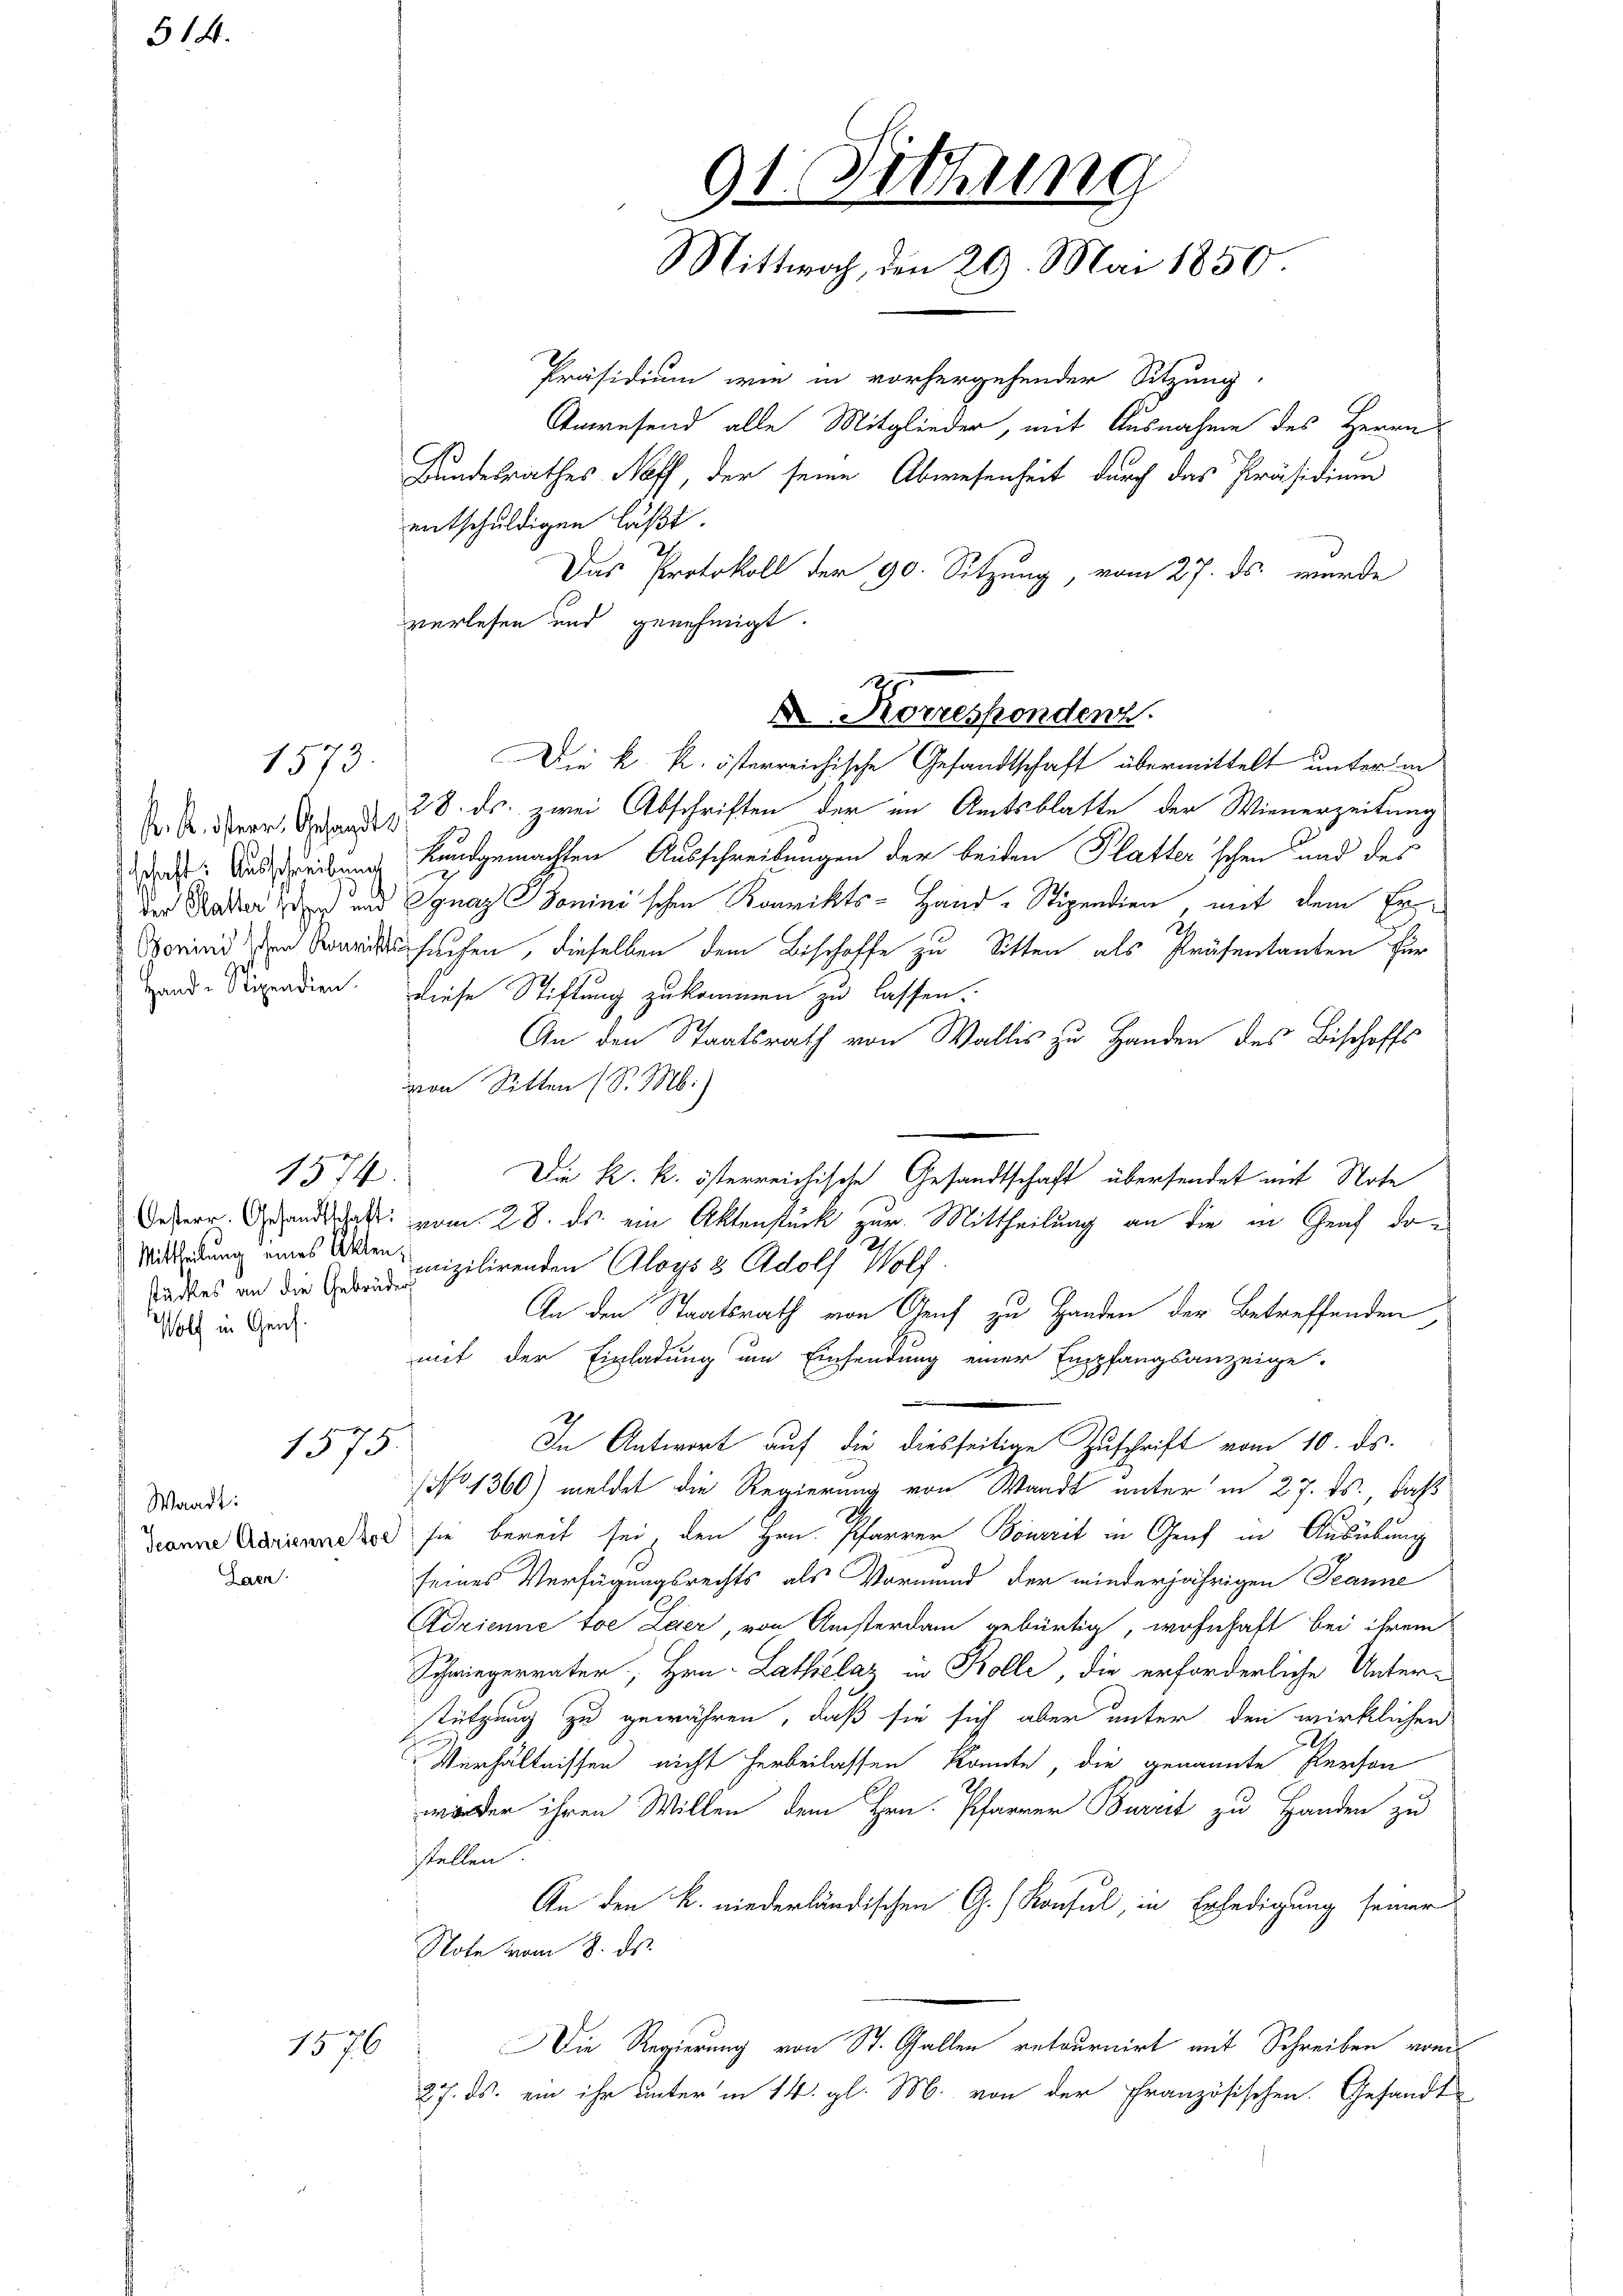
314.

1573.

dschaft: Ausschreibung
Boninischen Konrichts
e
Hande Stipendien.

stückes an die Gebrüder
Wolf in Geich.

Waadt:
Jeanne Adrienne sol
Laen

1574.

1575.

1576

entschuldigen läßt.
Das Protokoll der 90. Sitzung, vom 27. ds. wurde
verlesen und genehmigt.
Die k. k. österreichische Gesandtschaft übermittelt unter in
Dr. A. Herr Art. 8. ds. zwei Abschriften der im Amtsblatte der Wienerzeitung
kundgemachten Ausschreibungen der beiden Platter'schen und des
der Radter den und Jgnaz Goninischen Karikts-Hand-Stipendien, mit dem Erunsuchen, dieselben dem Bischoffe zu Sitten als Präsentanten für
diese Stiftung zukommen zu lassen.
An den Staatsrath von Wallis zu Handen des Bischoffs
von Sitten (S. M.)
Die k. k. österreichische Gesandtschaft übersendet mit Note
esterr. Gesandtschaft vom 28. ds. ein Aktenstück zur Mittheilung an die in Graf do¬
Mittheilung eines Altern vizilirenden Aloys 3 Adolf Wolf
An den Staatsrath von Genf zu Handen der Betreffenden,
mit der Einladung um Einsendung einer Empfangsanzeige.
In Antwort auf die diesseitige Zuschrift vom 10. ds.
No 1360) meldet die Regierung von Waadt unter in 27. ds., daß
sie bereit sei, den Hrn. Pfarrer Bouerit in Genf in Ausübung
seines Verfügungsrechts als Vormund der wiederjährigen Jeanne
Adrienne toe Leer, von Ansterdam gebürtig, wohnhaft bei ihrem
Schwiegervater, Hrn. Lathielaz in Kolle, die erforderliche Unter-
stützung zu gewähren, daß sie sich aber unter den wirklichen
Verhältnissen nicht herbeilassen könnte, die genannte Person
worden ihren Willen dem Hrn. Pfarrer Burrit zu Handen zu
stellen.
An den k. niederländischen G. Konsul, in Erledigung seiner
Note vom 8. ds.
Die Regierung von St. Gallen retournirt mit Schreiben von
27. ds. ein ihr unter in 14. gl. M. von der Französischen. Gesandt

91. Sitzung
Mittwoch, den 29. Mai 1850.
Präsidium wie in vorhergehender Sitzung.
Anwesend alle Mitglieder, mit Ausnahme des Herrn
Bundesrathes Neff, der seine Abwesenheit durch das Präsidium

Korrespondenz.